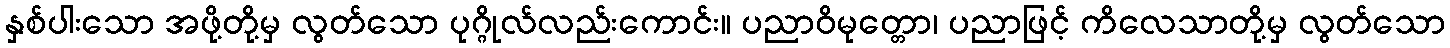
နှစ်ပါးသော အဖို့တို့မှ လွတ်သော ပုဂ္ဂိုလ်လည်းကောင်း။ ပညာဝိမုတ္တော၊ ပညာဖြင့် ကိလေသာတို့မှ လွတ်သော